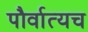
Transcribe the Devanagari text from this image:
पौर्वात्यच